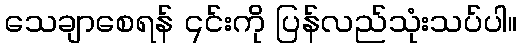
သေချာစေရန် ၎င်းကို ပြန်လည်သုံးသပ်ပါ။